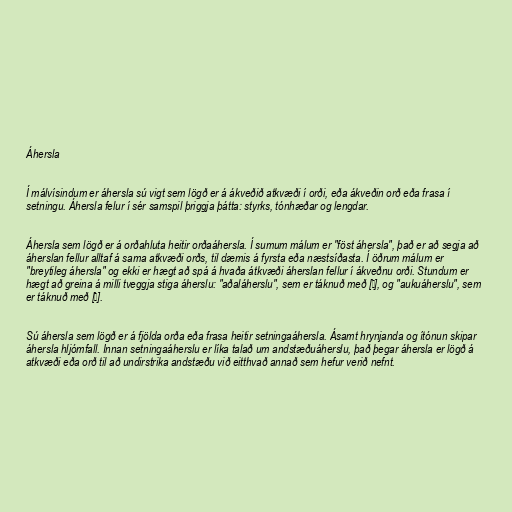
Áhersla

Í málvísindum er áhersla sú vigt sem lögð er á ákveðið atkvæði í orði, eða ákveðin orð eða frasa í
setningu. Áhersla felur í sér samspil þriggja þátta: styrks, tónhæðar og lengdar.

Áhersla sem lögð er á orðahluta heitir orðaáhersla. Í sumum málum er "föst áhersla", það er að segja að
áherslan fellur alltaf á sama atkvæði orðs, til dæmis á fyrsta eða næstsíðasta. Í öðrum málum er
"breytileg áhersla" og ekki er hægt að spá á hvaða átkvæði áherslan fellur í ákveðnu orði. Stundum er
hægt að greina á milli tveggja stiga áherslu: "aðaláherslu", sem er táknuð með [ˈ], og "aukuáherslu", sem
er táknuð með [ˌ].

Sú áhersla sem lögð er á fjölda orða eða frasa heitir setningaáhersla. Ásamt hrynjanda og ítónun skipar
áhersla hljómfall. Innan setningaáherslu er líka talað um andstæðuáherslu, það þegar áhersla er lögð á
atkvæði eða orð til að undirstrika andstæðu við eitthvað annað sem hefur verið nefnt.